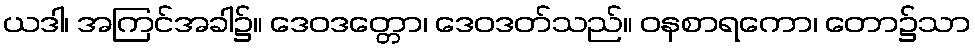
ယဒါ၊ အကြင်အခါ၌။ ဒေဝဒတ္တော၊ ဒေဝဒတ်သည်။ ဝနစာရကော၊ တော၌သာ